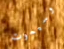
وسيموت